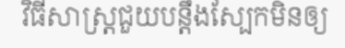
វិធីសាស្ត្រជួយបន្តឹងស្បែកមិនឲ្យ